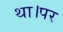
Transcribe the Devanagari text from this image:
था।पर